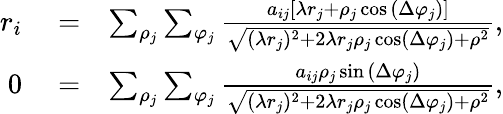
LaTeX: \begin{array}{rlr}{r_{i}}&{{}=}&{\sum_{\rho_{j}}\sum_{\varphi_{j}}\frac{a_{ij}\left[\lambda r_{j}+\rho_{j}\cos{\left(\Delta\varphi_{j}\right)}\right]}{\sqrt{(\lambda r_{j})^{2}+2\lambda r_{j}\rho_{j}\cos\left(\Delta\varphi_{j}\right)+\rho^{2}}},}\\ {0}&{{}=}&{\sum_{\rho_{j}}\sum_{\varphi_{j}}\frac{a_{ij}\rho_{j}\sin{\left(\Delta\varphi_{j}\right)}}{\sqrt{(\lambda r_{j})^{2}+2\lambda r_{j}\rho_{j}\cos\left(\Delta\varphi_{j}\right)+\rho^{2}}},}\end{array}